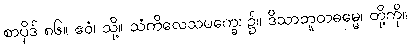
စာပိုဒ် ၈၆။ ဧဝံ၊ သို့။ သံကိလေသပက္ခေ၊ ၌။ ဒိသာဘူတဓမ္မေ၊ တို့ကို။